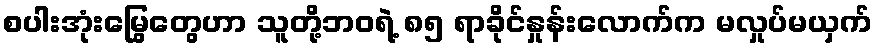
စပါးအုံးမြွေတွေဟာ သူတို့ဘဝရဲ့ ၈၅ ရာခိုင်နှုန်းလောက်က မလှုပ်မယှက်